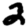
Digit: 2